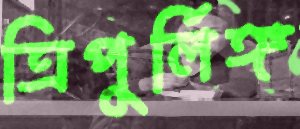
ত্রিপুর্লিঙ্গ